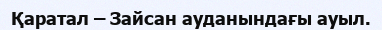
Қаратал – Зайсан ауданындағы ауыл.